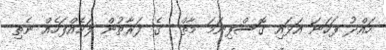
ހައްދު ފަހަނަ އަޅައި ގޮސްފިނަމަ މާތް  ގެ ފަރާތުން ލަހެއްފަހެއް ނެތި